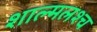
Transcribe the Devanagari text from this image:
शाल्मलश्च